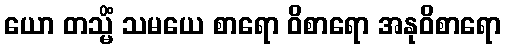
ယော တသ္မိံ သမယေ စာရော ဝိစာရော အနုဝိစာရော